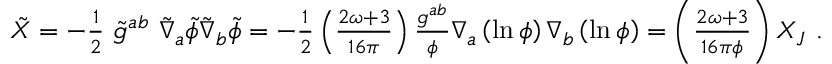
\begin{array} { r } { \tilde { X } = - \frac { 1 } { 2 } ~ \tilde { g } ^ { a b } ~ \tilde { \nabla } _ { a } \tilde { \phi } \tilde { \nabla } _ { b } \tilde { \phi } = - \frac { 1 } { 2 } \left( \frac { 2 \omega + 3 } { 1 6 \pi } \right) \frac { g ^ { a b } } { \phi } \nabla _ { a } \left( \ln { \phi } \right) \nabla _ { b } \left( \ln { \phi } \right) = \left( \frac { 2 \omega + 3 } { 1 6 \pi \phi } \right) X _ { J } ~ . } \end{array}